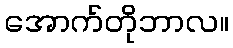
အောက်တိုဘာလ။